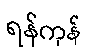
ရန်ကုန်